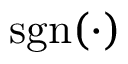
\mathrm { { s g n } ( \cdot ) }